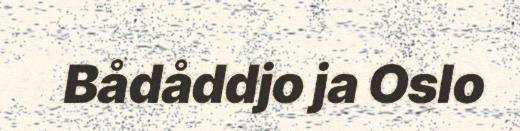
Bådåddjo ja Oslo